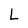
Character: L